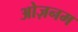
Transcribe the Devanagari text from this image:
ओज़नम